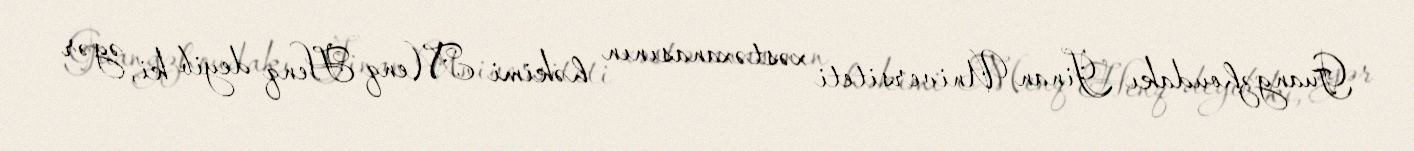
Guangzhoudakı Jinan Universiteti xəstəxanasının həkimi Menq Henq deyib ki, əgər